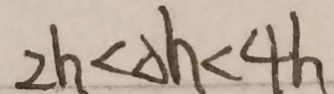
2 h < \Delta h < 4 h